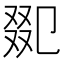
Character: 𠭋